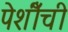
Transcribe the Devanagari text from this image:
पेशीँची